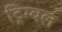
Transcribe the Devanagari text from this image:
ट्रिम्बल